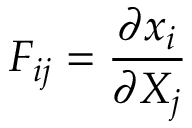
F _ { i j } = \frac { \partial x _ { i } } { \partial X _ { j } }